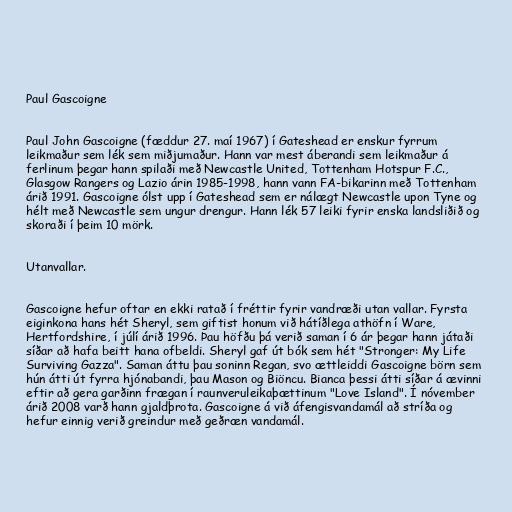
Paul Gascoigne

Paul John Gascoigne (fæddur 27. maí 1967) í Gateshead er enskur fyrrum
leikmaður sem lék sem miðjumaður. Hann var mest áberandi sem leikmaður á
ferlinum þegar hann spilaði með Newcastle United, Tottenham Hotspur F.C.,
Glasgow Rangers og Lazio árin 1985-1998, hann vann FA-bikarinn með Tottenham
árið 1991. Gascoigne ólst upp í Gateshead sem er nálægt Newcastle upon Tyne og
hélt með Newcastle sem ungur drengur. Hann lék 57 leiki fyrir enska landsliðið og
skoraði í þeim 10 mörk.

Utanvallar.

Gascoigne hefur oftar en ekki ratað í fréttir fyrir vandræði utan vallar. Fyrsta
eiginkona hans hét Sheryl, sem giftist honum við hátíðlega athöfn í Ware,
Hertfordshire, í júlí árið 1996. Þau höfðu þá verið saman í 6 ár þegar hann játaði
síðar að hafa beitt hana ofbeldi. Sheryl gaf út bók sem hét "Stronger: My Life
Surviving Gazza". Saman áttu þau soninn Regan, svo ættleiddi Gascoigne börn sem
hún átti út fyrra hjónabandi, þau Mason og Biöncu. Bianca þessi átti síðar á ævinni
eftir að gera garðinn frægan í raunveruleikaþættinum "Love Island". Í nóvember
árið 2008 varð hann gjaldþrota. Gascoigne á við áfengisvandamál að stríða og
hefur einnig verið greindur með geðræn vandamál.